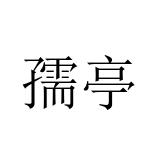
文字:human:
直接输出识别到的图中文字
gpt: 孺亭